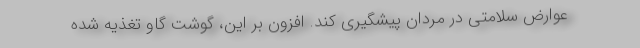
عوارض سلامتی در مردان پیشگیری کند. افزون بر این، گوشت گاو تغذیه شده